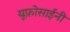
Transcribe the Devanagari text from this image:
यूफ़्रोसाईनी